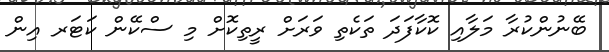
ބޭނުންކުރާ މަލާއި ކޮކާފަދަ ތަކެތި ވަރަށް ރީތިކޮށް މި ސްކޭން ކަޓަރ އިން